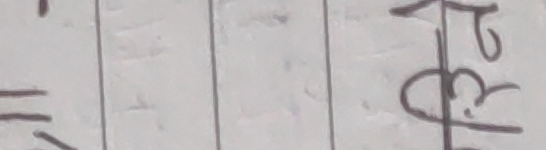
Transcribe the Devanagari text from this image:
रुफु